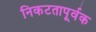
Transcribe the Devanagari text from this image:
निकटतापूर्वक